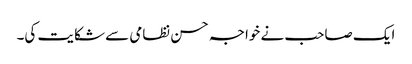
ایک صاحب نے خواجہ حسن نظامی سے شکایت کی۔